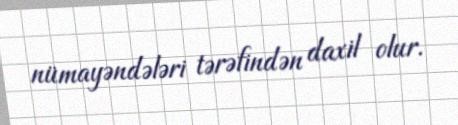
nümayəndələri tərəfindən daxil olur.